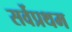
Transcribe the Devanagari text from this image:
सर्वेप्रथम